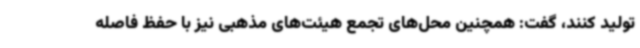
تولید کنند، گفت: همچنین محل‌های تجمع هیئت‌های مذهبی نیز با حفظ فاصله